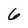
Character: 6